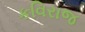
કવિરાજ